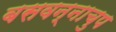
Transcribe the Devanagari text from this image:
बसवन्नाचुप